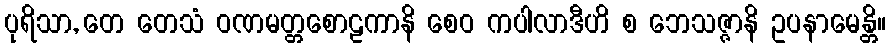
ပုရိသာ, တေ တေသံ ဝဏမတ္တစောဠကာနိ စေဝ ကပါလာဒီဟိ စ ဘေသဇ္ဇာနိ ဥပနာမေန္တိ။